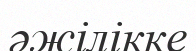
әжілікке